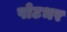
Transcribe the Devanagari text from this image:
पोटभर